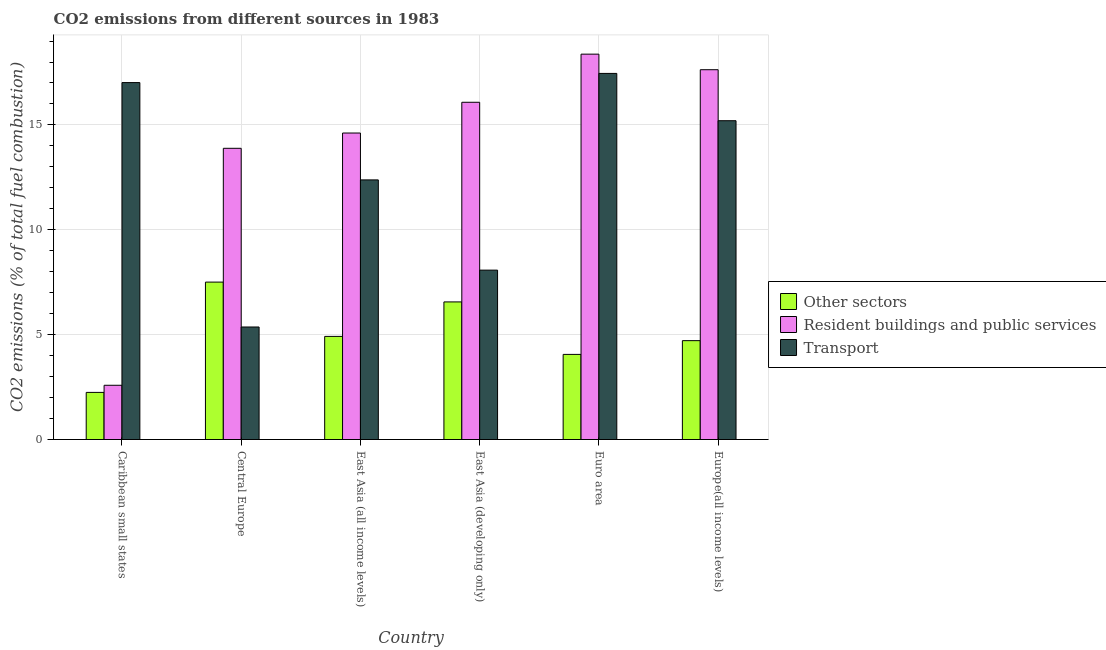
| Country | Other sectors | Resident buildings and public services | Transport |
 | --- | --- | --- | --- |
 | Caribbean small states | 2.25 | 2.59 | 17 |
 | Central Europe | 7.51 | 13.9 | 5.37 |
 | East Asia (all income levels) | 4.92 | 14.6 | 12.4 |
 | East Asia (developing only) | 6.56 | 16.1 | 8.08 |
 | Euro area | 4.06 | 18.4 | 17.5 |
 | Europe(all income levels) | 4.71 | 17.6 | 15.2 |